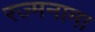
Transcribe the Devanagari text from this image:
रज्मनामा